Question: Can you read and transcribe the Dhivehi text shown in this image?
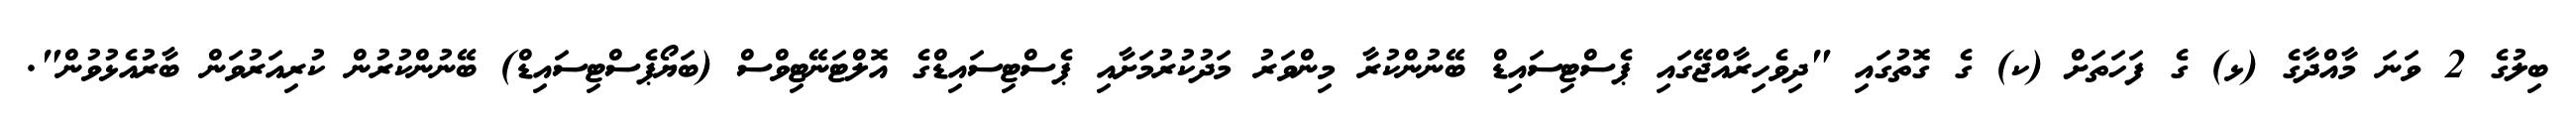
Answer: ބިލުގެ 2 ވަނަ މާއްދާގެ (ޅ) ގެ ފަހަތަށް (ކ) ގެ ގޮތުގައި "ދިވެހިރާއްޖޭގައި ޕެސްޓިސައިޑް ބޭނުންކުރާ މިންވަރު މަދުކުރުމަށާއި ޕެސްޓިސައިޑްގެ އޮލްޓަނޭޓިވްސް (ބަޔޯޕެސްޓިސައިޑް) ބޭނުންކުރުން ކުރިއަރުވަން ބާރުއެޅުވުން".